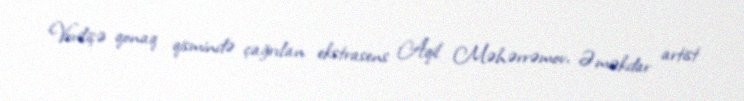
Verilişə qonaq qismində çağrılan ekstrasens Aqil Məhərrəmov, Əməkdar artist